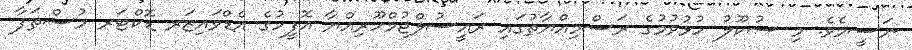
ނަސީމެވެ. މި ސުކޫލު ހުޅުވުމުގެ ރަސްމިއްޔާތުގައި ރައީސުލްޖުމްހޫރިއްޔާ އޮފީހުގެ އެޑްވައިޒަރ ޑޮކްޓަރ މުސްޠަފާ